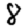
Digit: 8